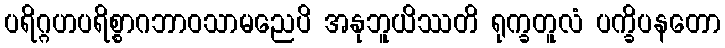
ပရိဂ္ဂဟပရိစ္စာဂဘာဝသာမညေပိ အနုဘူယိဿတိ ရုက္ခတူလံ ပက္ခိပနတော